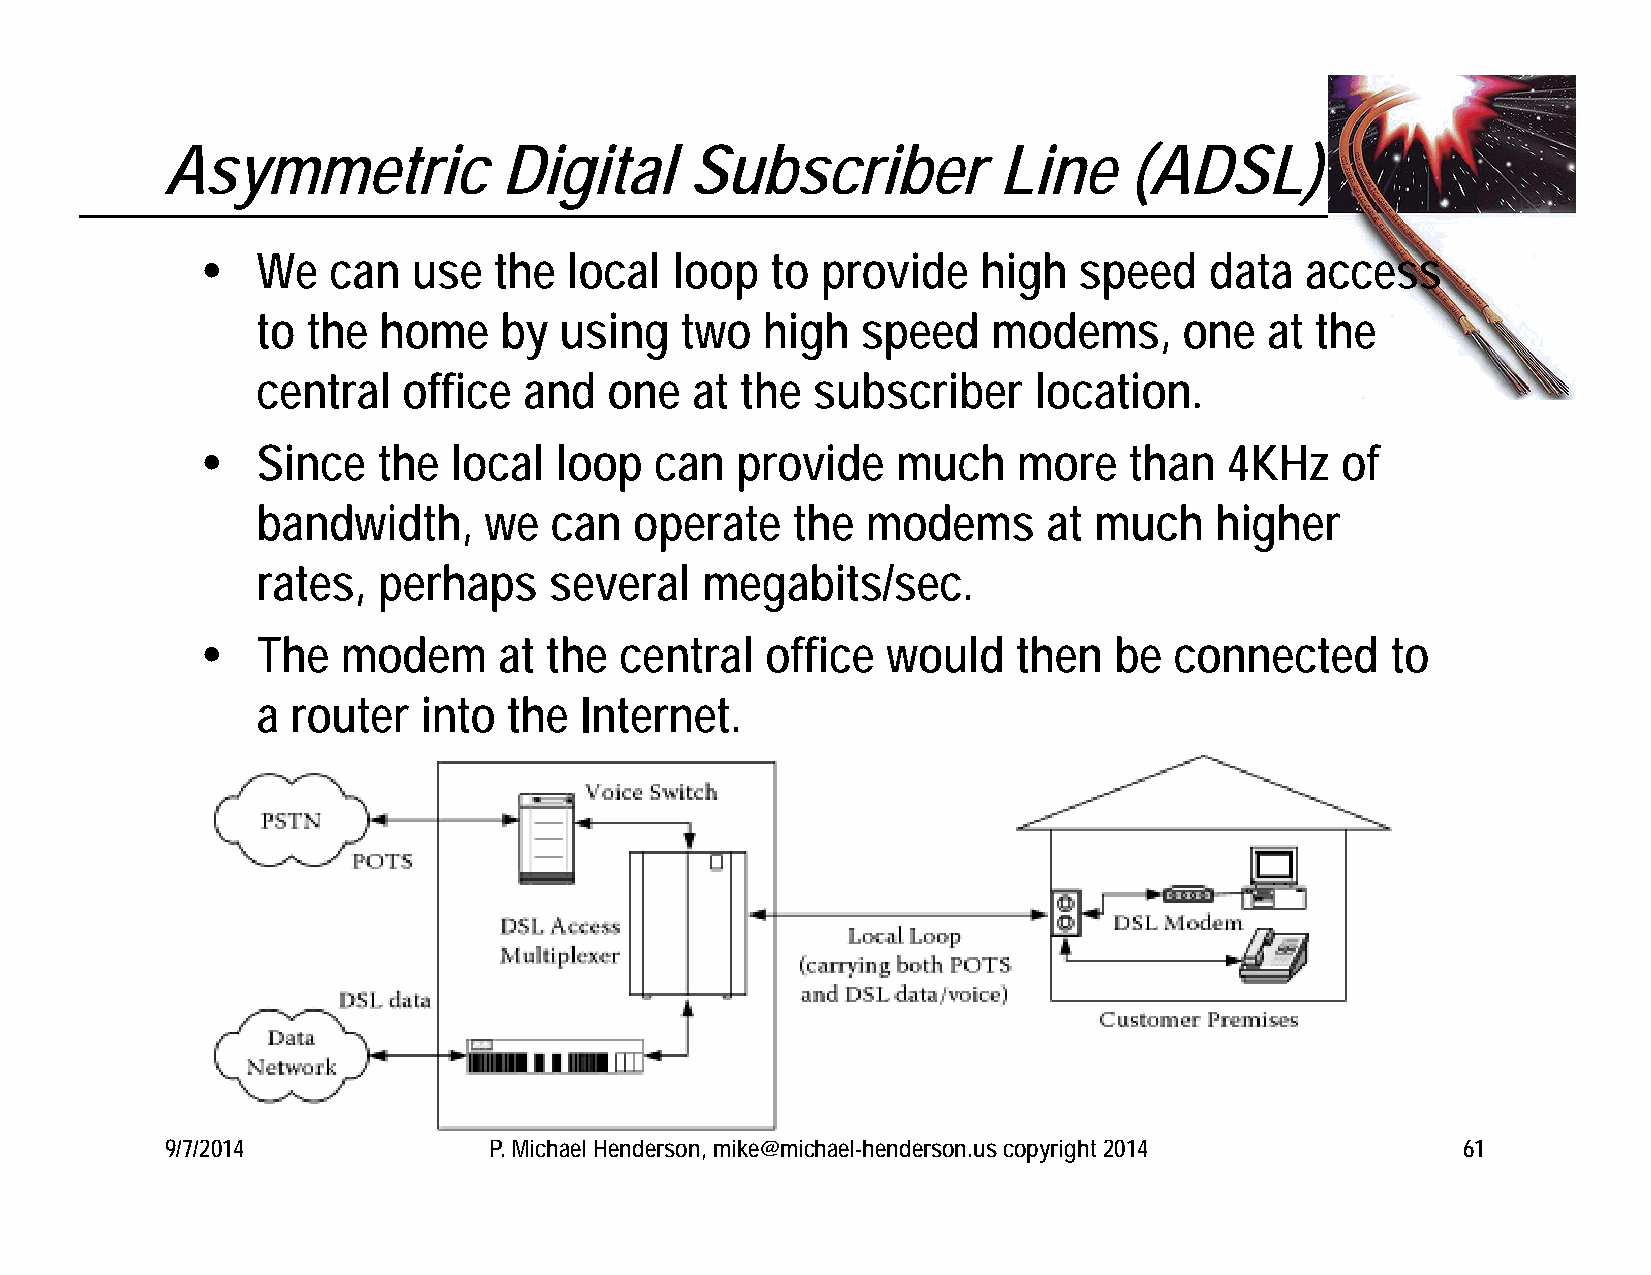
Asymmetric            Digital      Subscriber          Line     (ADSL)
    We   can  use   the  local  loop  to provide    high  speed    data  access
 to the  home    by  using   two  high   speed    modems,     one   at the
 central   office  and  one   at the  subscriber    location.
    Since   the  local  loop  can   provide   much    more    than  4KHz    of
 bandwidth,     we  can   operate   the  modems      at much    higher
 rates,  perhaps    several   megabits/sec.
    The   modem     at the  central   office  would   then   be  connected     to
 a router   into  the Internet.
 9/7/2014             P. Michael Henderson, mike@michael-henderson.us copyright 2014   61